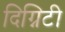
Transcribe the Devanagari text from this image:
दिग्निटी